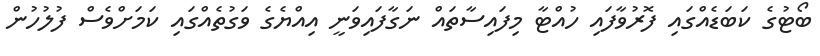
ބޯޓުގެ ކަބަޑެއްގައި ފޮރުވާފައި ހުއްޓާ މިފައިސާތައް ނަގާފައިވަނީ އިއްޔެގެ ވަގުތެއްގައި ކަމަށްވެސް ފުލުހުން